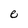
Character: e